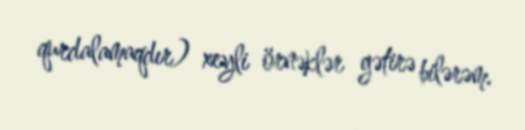
qurdalamaqdır) xeyli örnəklər gətirə bilərəm.